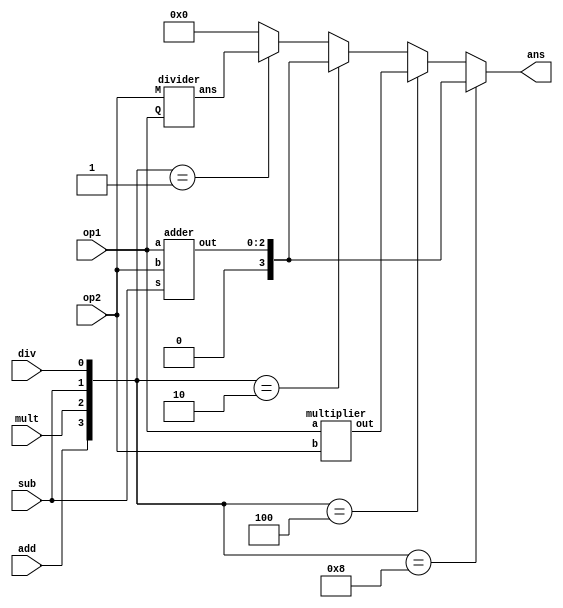
`timescale 1ns / 1ps
//////////////////////////////////////////////////////////////////////////////////
// Company: 
// Engineer: 
// 
// Design Name: 
// Module Name:    basicmath 
// Project Name: 
// Target Devices: 
// Tool versions: 
// Description: 
//
// Dependencies: 
//
// Revision: 
// Revision 0.01 - File Created
// Additional Comments: 
//
//////////////////////////////////////////////////////////////////////////////////
module basicmath(ans, op1, op2, sub, add, mult, div
    );
	 input [1:0]op1;
	 input [1:0]op2;
	 input sub, div, mult, add;
	 output reg [3:0]ans;
	 
	 
	 wire [3:0]zarab;
	 wire [2:0]out;
	 wire [3:0]division;
	 wire [3:0]finalMult;
	 wire [3:0]finalDiv;
	 

	 multiplier  m1(zarab, op1, op2);
	 adder a1(op1, op2, sub, out);
	 divider     d1(division, op1, op2);
	 
	 
	 wire [3:0]decoder;
	 assign decoder= {add,mult,sub,div};
    assign finalMult = zarab;
    assign finalDiv = division;	 
     
	 always @(*)
	 begin

		if(decoder == 4'b1000)
			begin
				 ans = out;
			end
		else if(decoder == 4'b0100)
			begin
				ans = finalMult;
			end
	    else if(decoder == 4'b0010)
			begin
				 ans = out;
			end
		else if(decoder == 4'b0001)
			begin
				ans = finalDiv;
			end
		else 
                ans = 4'b0000;
	 end


endmodule


module multiplier(out, a, b);

	input [1:0]a;
	input [1:0]b;
	output [3:0]out;
	
	wire [3:0]w;
	
	assign w[0] = a[0] & b[1];
	assign w[1] = a[1] & b[0];
	assign w[2] = w[0] & w[1];
	
	assign w[3] = a[1] & b[1];
	assign out[3] = w[2] & w[3];   //Output 3rd bit
	
	assign out[2] = w[2] ^ w[3];  //Output 2nd bit
	
	assign out[1] = w[0] ^ w[1];   //Output 1st bit
	
	assign out[0] = a[0] & b[0];		// //Output 0th bit
	
	
	
endmodule

module adder (
input [1:0]a,b,
input s,
output reg [2:0]out);

always @(*) begin
    if(s==0)
        out=a+b;
    else
        out=a-b;
    end
endmodule


module divider (ans, Q, M);
		input [1:0] Q; //dividend
		input [1:0] M; //divisor
		output [3:0]ans; 
		reg [1:0] a1, b1=0; //these variables are going to update during looping
		reg [1:0] p1; 		//initialize A as mention in booths algo
		integer i;			//going to keep track the number of times loop will be running
		
		always@ (Q or M)
		begin
				//initialize the variables.
				a1 = Q;
				b1 = M;
				p1 = 0; 	//initialize A=0
				for (i=0; i<2; i=i+1) 
				begin //start the for loop, it will run n times where n-no of bits \
					p1 = {p1[0] , a1[1]}; 			//shift left A
					a1[1] = a1[0];				//shift left Q
					p1 = p1 - b1;							//A-A-M
					if (p1[1] == 1) 		
						begin		//checking A<0 i.e MSB-1 (-ve weigh in 2's comp)
							a1[0]= 0;
							p1	= p1 + b1;     //A-A+M
						end
					else 			
						a1[0] = 1;			//Q0 = 1
				end
		end
			 assign ans[1:0] = a1; //Quotient
			 assign ans[3:2] = p1; //Remainder
endmodule



//Calculator by Direct Method

/*

module basicmath_new(ans, op1, op2, sub, add, mult, div
    );
	 input [1:0]op1;
	 input [1:0]op2;
	 input sub, div, mult, add;
	 output reg [3:0]ans;
	 
	 wire [3:0]dec;
	 
	 assign dec={add, mult, sub, div};
	 
	 always @(*) begin
	 
	 case(dec)
	   4'b1000: ans = op1+op2;
	   4'b0100: ans = op1*op2;
	   4'b0010: ans = op1-op2;
	   4'b0001: ans = op1/op2;
	   
	   default
	      ans=4'b0000;
	  endcase
	  end
	
	
endmodule


 */